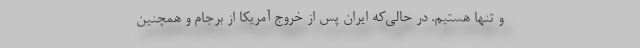
و تنها هستیم. در حالی‌که ایران پس از خروج آمریکا از برجام و همچنین